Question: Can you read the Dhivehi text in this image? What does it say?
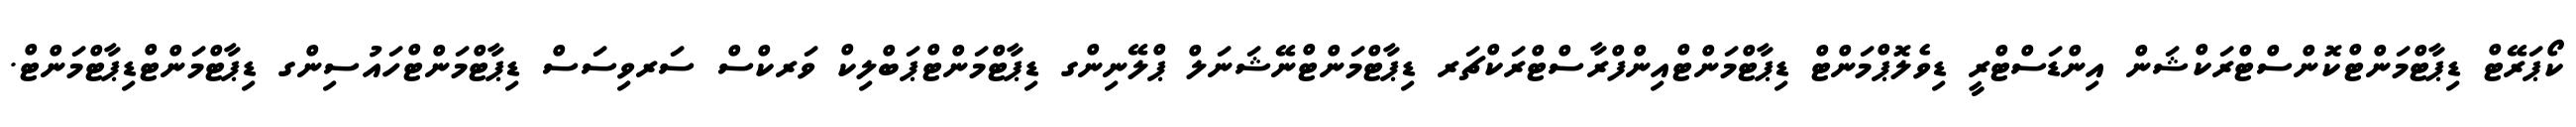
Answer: ކޯޕަރޭޓް ޑިޕާޓްމަންޓްކޮންސްޓްރަކްޝަން އިންޑަސްޓްރީ ޑިވެލޮޕްމަންޓް ޑިޕާޓްމަންޓްއިންފްރާސްޓްރަކްޗަރ ޑިޕާޓްމަންޓްނޭޝަނަލް ޕްލޭނިންގ ޑިޕާޓްމަންޓްޕަބްލިކް ވަރކްސް ސަރވިސަސް ޑިޕާޓްމަންޓްހައުސިންގ ޑިޕާޓްމަންޓްޑިޕާޓްމަންޓް.